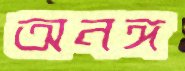
অনঙ্গ